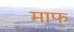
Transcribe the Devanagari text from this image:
माफ्